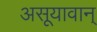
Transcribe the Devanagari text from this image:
असूयावान्